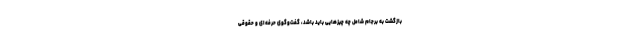
بازگشت به برجام شامل چه چیزهایی باید باشد، گفت‌وگوی حرفه‌ای و حقوقی